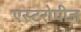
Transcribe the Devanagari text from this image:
एस्टरोपीज